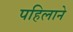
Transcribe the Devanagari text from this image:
पहिलाने